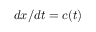
d x / d t = c ( t )